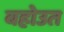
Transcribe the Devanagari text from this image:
बहोउत